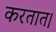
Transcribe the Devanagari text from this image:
करतात।